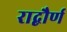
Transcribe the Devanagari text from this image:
राद्बौर्ण